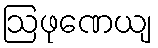
ဩဖုဏေယျ